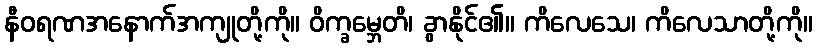
နီဝရဏအနောက်အကျုတို့ကို။ ဝိက္ခမ္ဘေတိ၊ ခွာနိုင်၏။ ကိလေသေ၊ ကိလေသာတို့ကို။